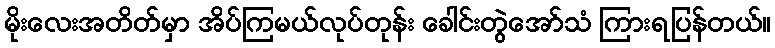
မိုးလေးအတိတ်မှာ အိပ်ကြမယ်လုပ်တုန်း ခေါင်းတွဲအော်သံ ကြားရပြန်တယ်။